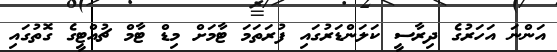
އަންނަ އަހަރުގެ ދިރާސީ ކަލަންޑަރުގައި ފުރަތަމަ ޓާމަށް މިޑް ޓާމް ޗުއްޓީގެ ގޮތުގައި